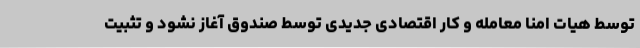
توسط هیات امنا معامله و کار اقتصادی جدیدی توسط صندوق آغاز نشود و تثبیت